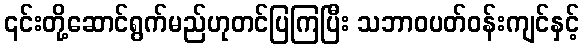
၎င်းတို့ဆောင်ရွက်မည်ဟုတင်ပြကြပြီး သဘာဝပတ်ဝန်းကျင်နှင့်